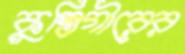
কুস্তিগীরের